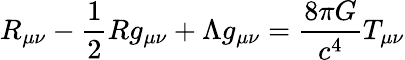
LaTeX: R_{\mu\nu}-\frac{1}{2}Rg_{\mu\nu}+\Lambda g_{\mu\nu}=\frac{8\pi G}{c^{4}}T_{\mu\nu}